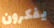
يفكرون